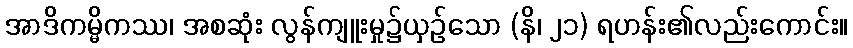
အာဒိကမ္မိကဿ၊ အစဆုံး လွန်ကျူးမှု၌ယှဉ်သော (နိ၊ ၂၁) ရဟန်း၏လည်းကောင်း။